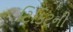
ટિકિટની